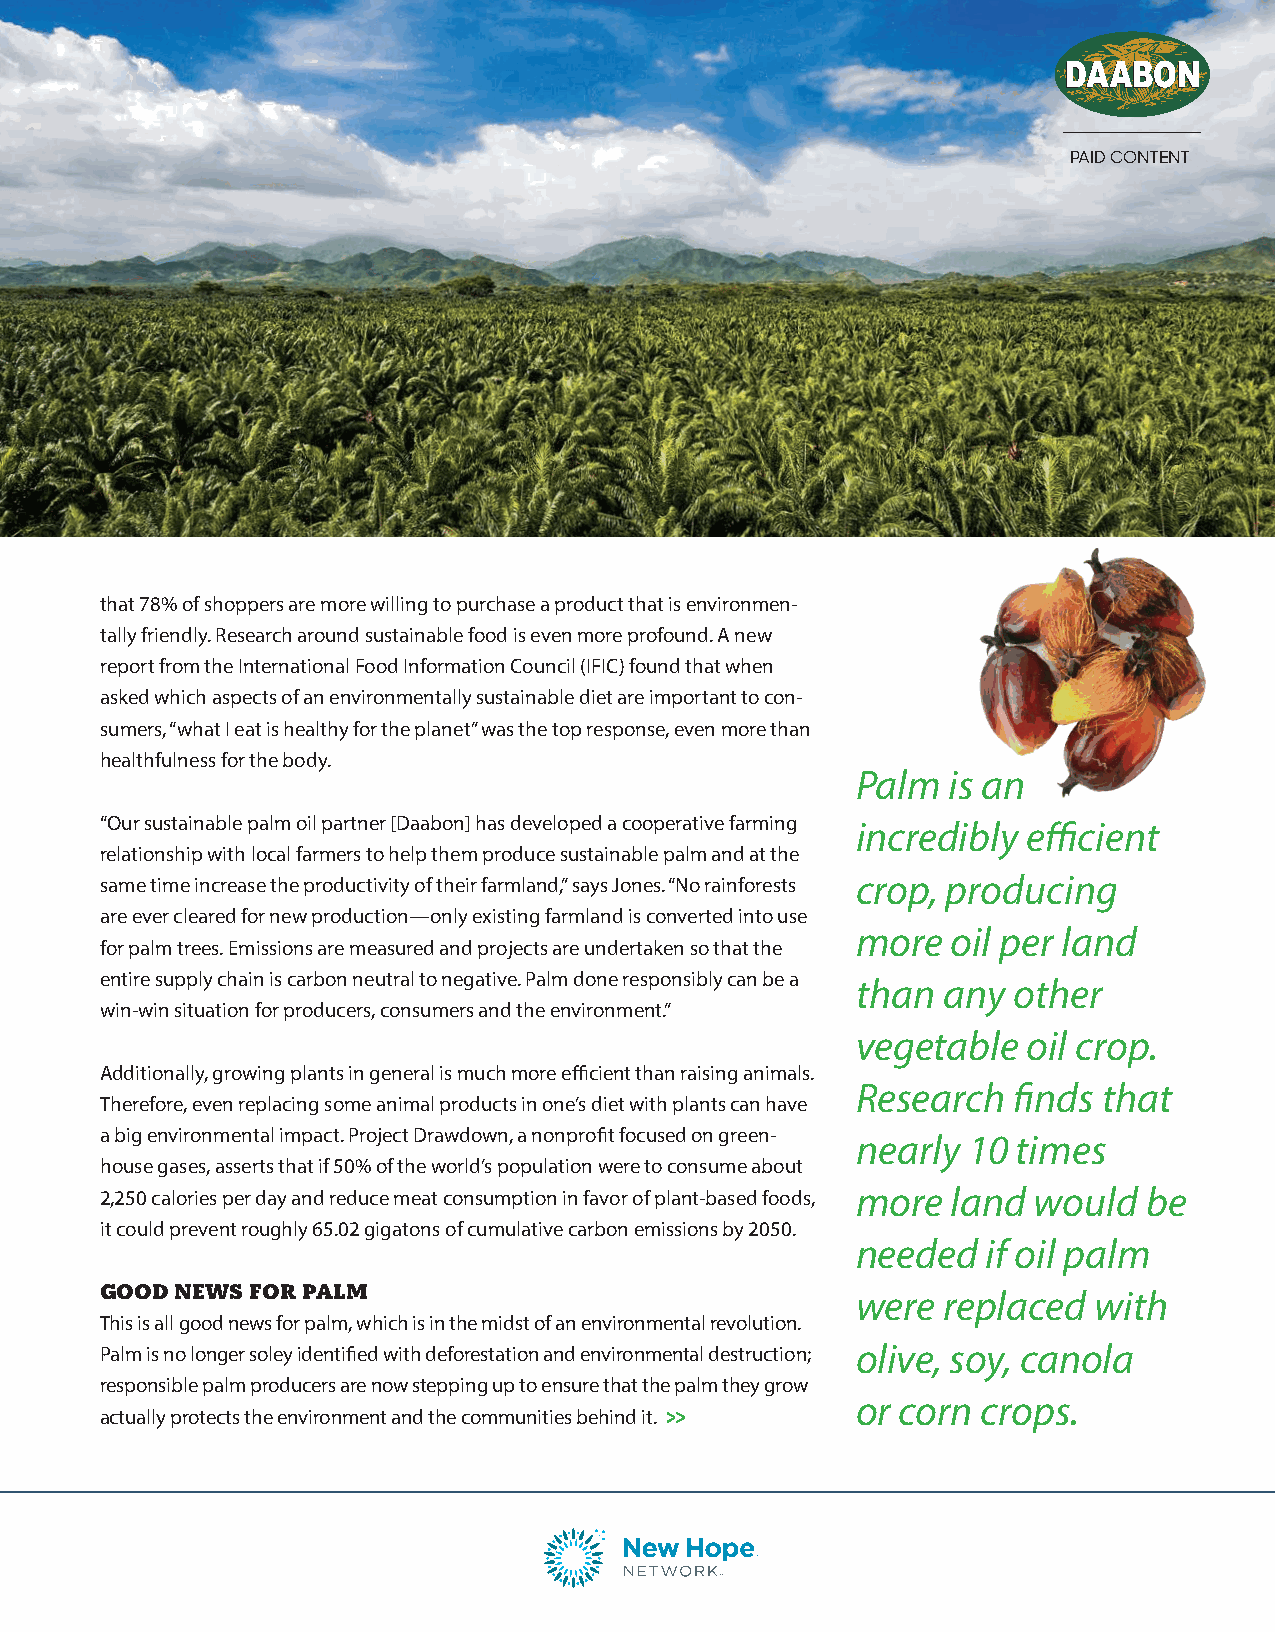
PAID CONTENT
 that 78% of shoppers are more willing to purchase a product that is environmen-
 tally friendly. Research around sustainable food is even more profound. A new
 report from the International Food Information Council (IFIC) found that when
 asked which aspects of an environmentally sustainable diet are important to con-
 sumers, “what I eat is healthy for the planet” was the top response, even more than
 healthfulness for the body.
 Palm  is an
 “Our sustainable palm oil partner [Daabon] has developed a cooperative farming incredibly efficient
 relationship with local farmers to help them produce sustainable palm and at the
 same time increase the productivity of their farmland,” says Jones. “No rainforests crop, producing
 are ever cleared for new production—only existing farmland is converted into use
 more  oil per land
 for palm trees. Emissions are measured and projects are undertaken so that the
 entire supply chain is carbon neutral to negative. Palm done responsibly can be a than any other
 win-win situation for producers, consumers and the environment.”
 vegetable  oil crop.
 Additionally, growing plants in general is much more efficient than raising animals.
 Research  finds that
 Therefore, even replacing some animal products in one’s diet with plants can have
 a big environmental impact. Project Drawdown, a nonprofit focused on green- nearly 10 times
 house gases, asserts that if 50% of the world’s population were to consume about
 2,250 calories per day and reduce meat consumption in favor of plant-based foods, more land would be
 it could prevent roughly 65.02 gigatons of cumulative carbon emissions by 2050.
 needed  if oil palm
 GOOD NEWS FOR PALM                                were replaced  with
 This is all good news for palm, which is in the midst of an environmental revolution.
 Palm is no longer soley identified with deforestation and environmental destruction; olive, soy, canola
 responsible palm producers are now stepping up to ensure that the palm they grow
 or corn crops.
 actually protects the environment and the communities behind it.